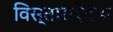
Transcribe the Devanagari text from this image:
विस्ताराऐवढा